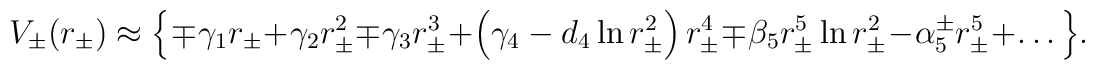
V_{\pm}(r_\pm)\approx    \Big\{ \mp\gamma_1 r_\pm + \gamma_2 r_\pm^2    \mp \gamma_3 r_\pm^3    + \left(\gamma_4 -  d_4  \ln{r_\pm^2} \right) r_\pm^4    \mp \beta_{5} r_\pm^{5}    \ln{r_\pm^2}    - \alpha_{5}^\pm r_\pm^{5} +\dots \Big\}.